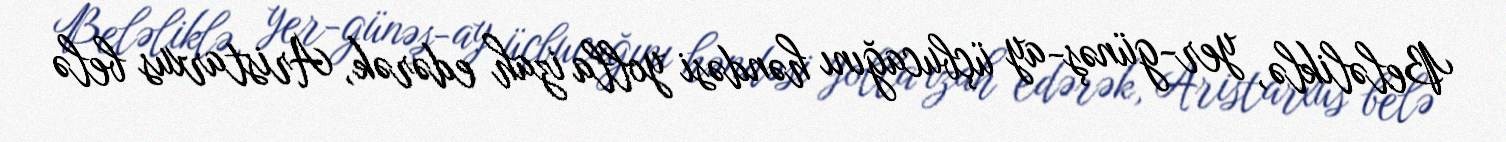
Beləliklə, yer-günəş-ay üçbucağını həndəsi yolla izah edərək, Aristarxus belə